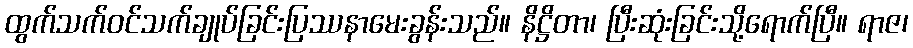
ထွက်သက်ဝင်သက်ချုပ်ခြင်းပြဿနာမေးခွန်းသည်။ နိဋ္ဌိတာ၊ ပြီးဆုံးခြင်းသို့ရောက်ပြီ။ ရာဇ၊